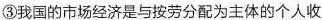
③我国的市场经济是与按劳分配为主体的个人收